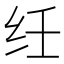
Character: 纴